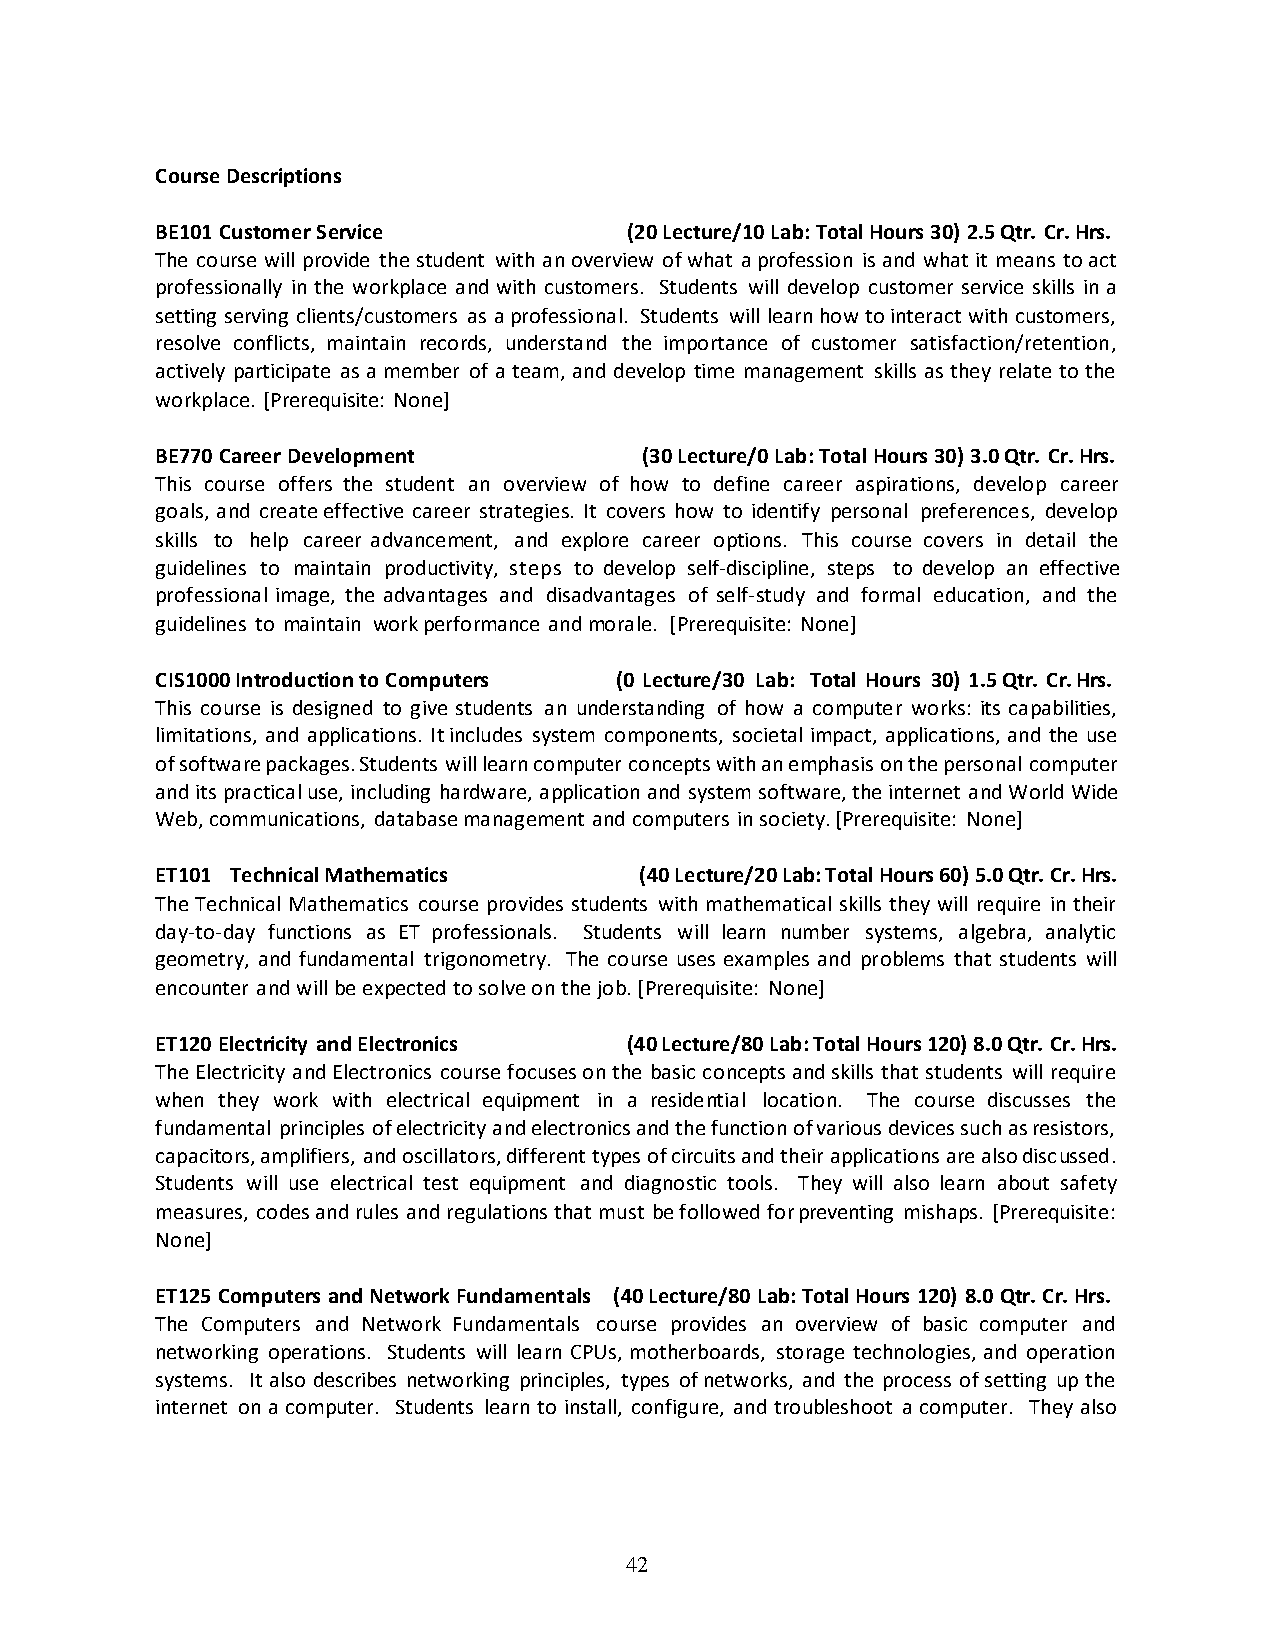
Course Descriptions
 BE101 Customer Service          (20 Lecture/10 Lab: Total Hours 30) 2.5 Qtr. Cr. Hrs.
 The course will provide the student with an overview of what a profession is and what it means to act
 professionally in the workplace and with customers. Students will develop customer service skills in a
 setting serving clients/customers as a professional. Students will learn how to interact with customers,
 resolve conflicts, maintain records, understand the importance of customer satisfaction/retention,
 actively participate as a member of a team, and develop time management skills as they relate to the
 workplace. [Prerequisite: None]
 BE770 Career Development        (30 Lecture/0 Lab: Total Hours 30) 3.0 Qtr. Cr. Hrs.
 This course offers the student an overview of how to define career aspirations, develop career
 goals, and create effective career strategies. It covers how to identify personal preferences, develop
 skills to help career advancement, and explore career options. This course covers in detail the
 guidelines to maintain productivity, steps to develop self-discipline, steps to develop an effective
 professional image, the advantages and disadvantages of self-study and formal education, and the
 guidelines to maintain work performance and morale. [Prerequisite: None]
 CIS1000 Introduction to Computers (0 Lecture/30 Lab: Total Hours 30) 1.5 Qtr. Cr. Hrs.
 This course is designed to give students an understanding of how a computer works: its capabilities,
 limitations, and applications. It includes system components, societal impact, applications, and the use
 of software packages. Students will learn computer concepts with an emphasis on the personal computer
 and its practical use, including hardware, application and system software, the internet and World Wide
 Web, communications, database management and computers in society. [Prerequisite: None]
 ET101 Technical Mathematics     (40 Lecture/20 Lab: Total Hours 60) 5.0 Qtr. Cr. Hrs.
 The Technical Mathematics course provides students with mathematical skills they will require in their
 day-to-day functions as ET professionals. Students will learn number systems, algebra, analytic
 geometry, and fundamental trigonometry. The course uses examples and problems that students will
 encounter and will be expected to solve on the job. [Prerequisite: None]
 ET120 Electricity and Electronics (40 Lecture/80 Lab: Total Hours 120) 8.0 Qtr. Cr. Hrs.
 The Electricity and Electronics course focuses on the basic concepts and skills that students will require
 when they work with electrical equipment in a residential location. The course discusses the
 fundamental principles of electricity and electronics and the function of various devices such as resistors,
 capacitors, amplifiers, and oscillators, different types of circuits and their applications are also discussed.
 Students will use electrical test equipment and diagnostic tools. They will also learn about safety
 measures, codes and rules and regulations that must be followed for preventing mishaps. [Prerequisite:
 None]
 ET125 Computers and Network Fundamentals (40 Lecture/80 Lab: Total Hours 120) 8.0 Qtr. Cr. Hrs.
 The Computers and Network Fundamentals course provides an overview of basic computer and
 networking operations. Students will learn CPUs, motherboards, storage technologies, and operation
 systems. It also describes networking principles, types of networks, and the process of setting up the
 internet on a computer. Students learn to install, configure, and troubleshoot a computer. They also
 42